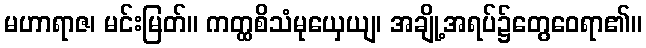
မဟာရာဇ၊ မင်းမြတ်။ ကတ္ထစိသံမုယှေယျ၊ အချို့အရပ်၌တွေဝေရာ၏။